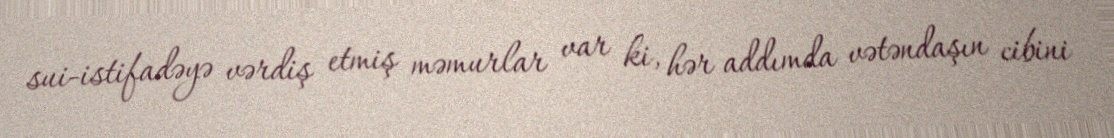
sui-istifadəyə vərdiş etmiş məmurlar var ki, hər addımda vətəndaşın cibini